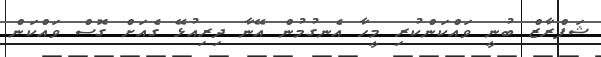
ޝަފްރާޒް ބުނީ ވައްކަންކުރި މީހާ އެނގުމުން އޭނާ ދިރިއުޅޭ ގެއަށް ގޮސް ވައްކަން